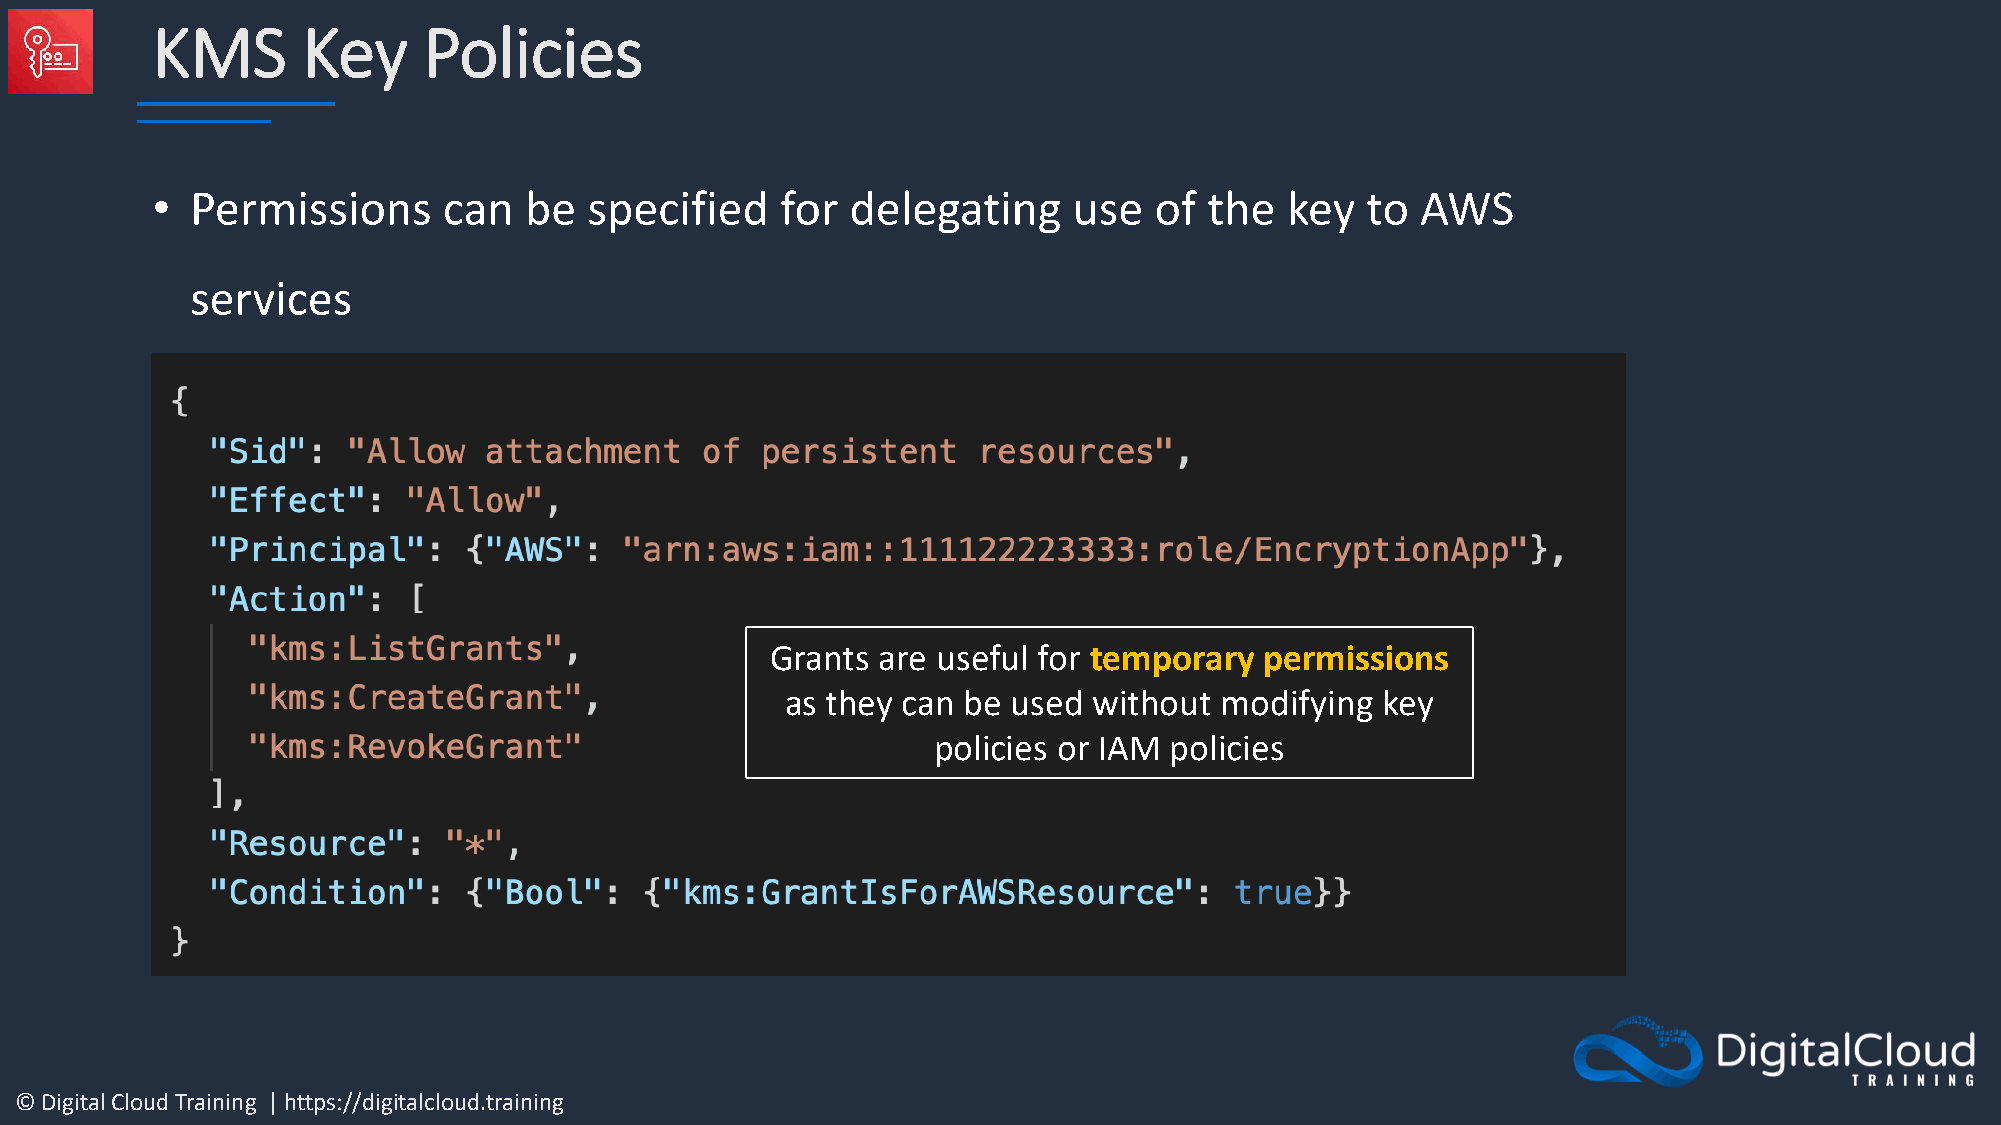
KMS       Key     Policies
 •  Permissions     can   be  specified    for delegating     use  of  the  key  to  AWS
 services
 Grants are useful for temporary  permissions
 as they can be used without  modifying key
 policies or IAM policies
 © Digital Cloud Training | https://digitalcloud.training